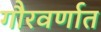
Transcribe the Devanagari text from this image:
गौरवर्णात